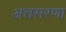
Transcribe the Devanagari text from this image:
अत्तसरणा